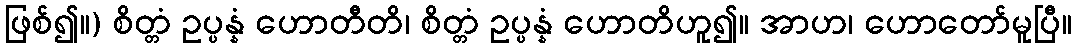
ဖြစ်၍။) စိတ္တံ ဥပ္ပန္နံ ဟောတီတိ၊ စိတ္တံ ဥပ္ပန္နံ ဟောတိဟူ၍။ အာဟ၊ ဟောတော်မူပြီ။